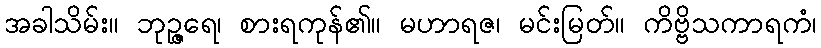
အခါသိမ်း။ ဘုဉ္ဇရေ၊ စားရကုန်၏။ မဟာရဇ၊ မင်းမြတ်။ ကိဗ္ဗိသကာရကံ၊